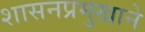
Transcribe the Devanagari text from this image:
शासनप्रमुखाने